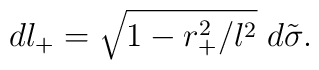
dl_+=\sqrt{1-r_+^2/l^2}\;d\tilde{\sigma}.